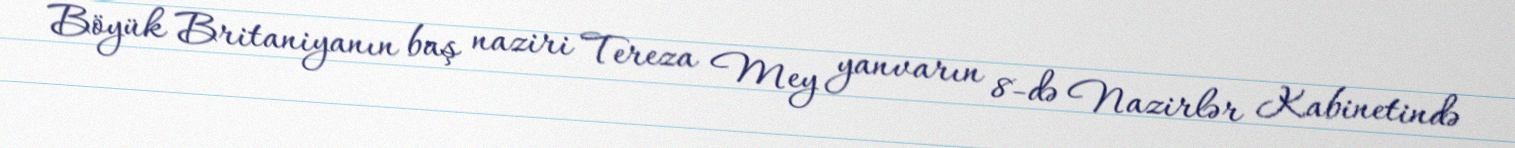
Böyük Britaniyanın baş naziri Tereza Mey yanvarın 8-də Nazirlər Kabinetində